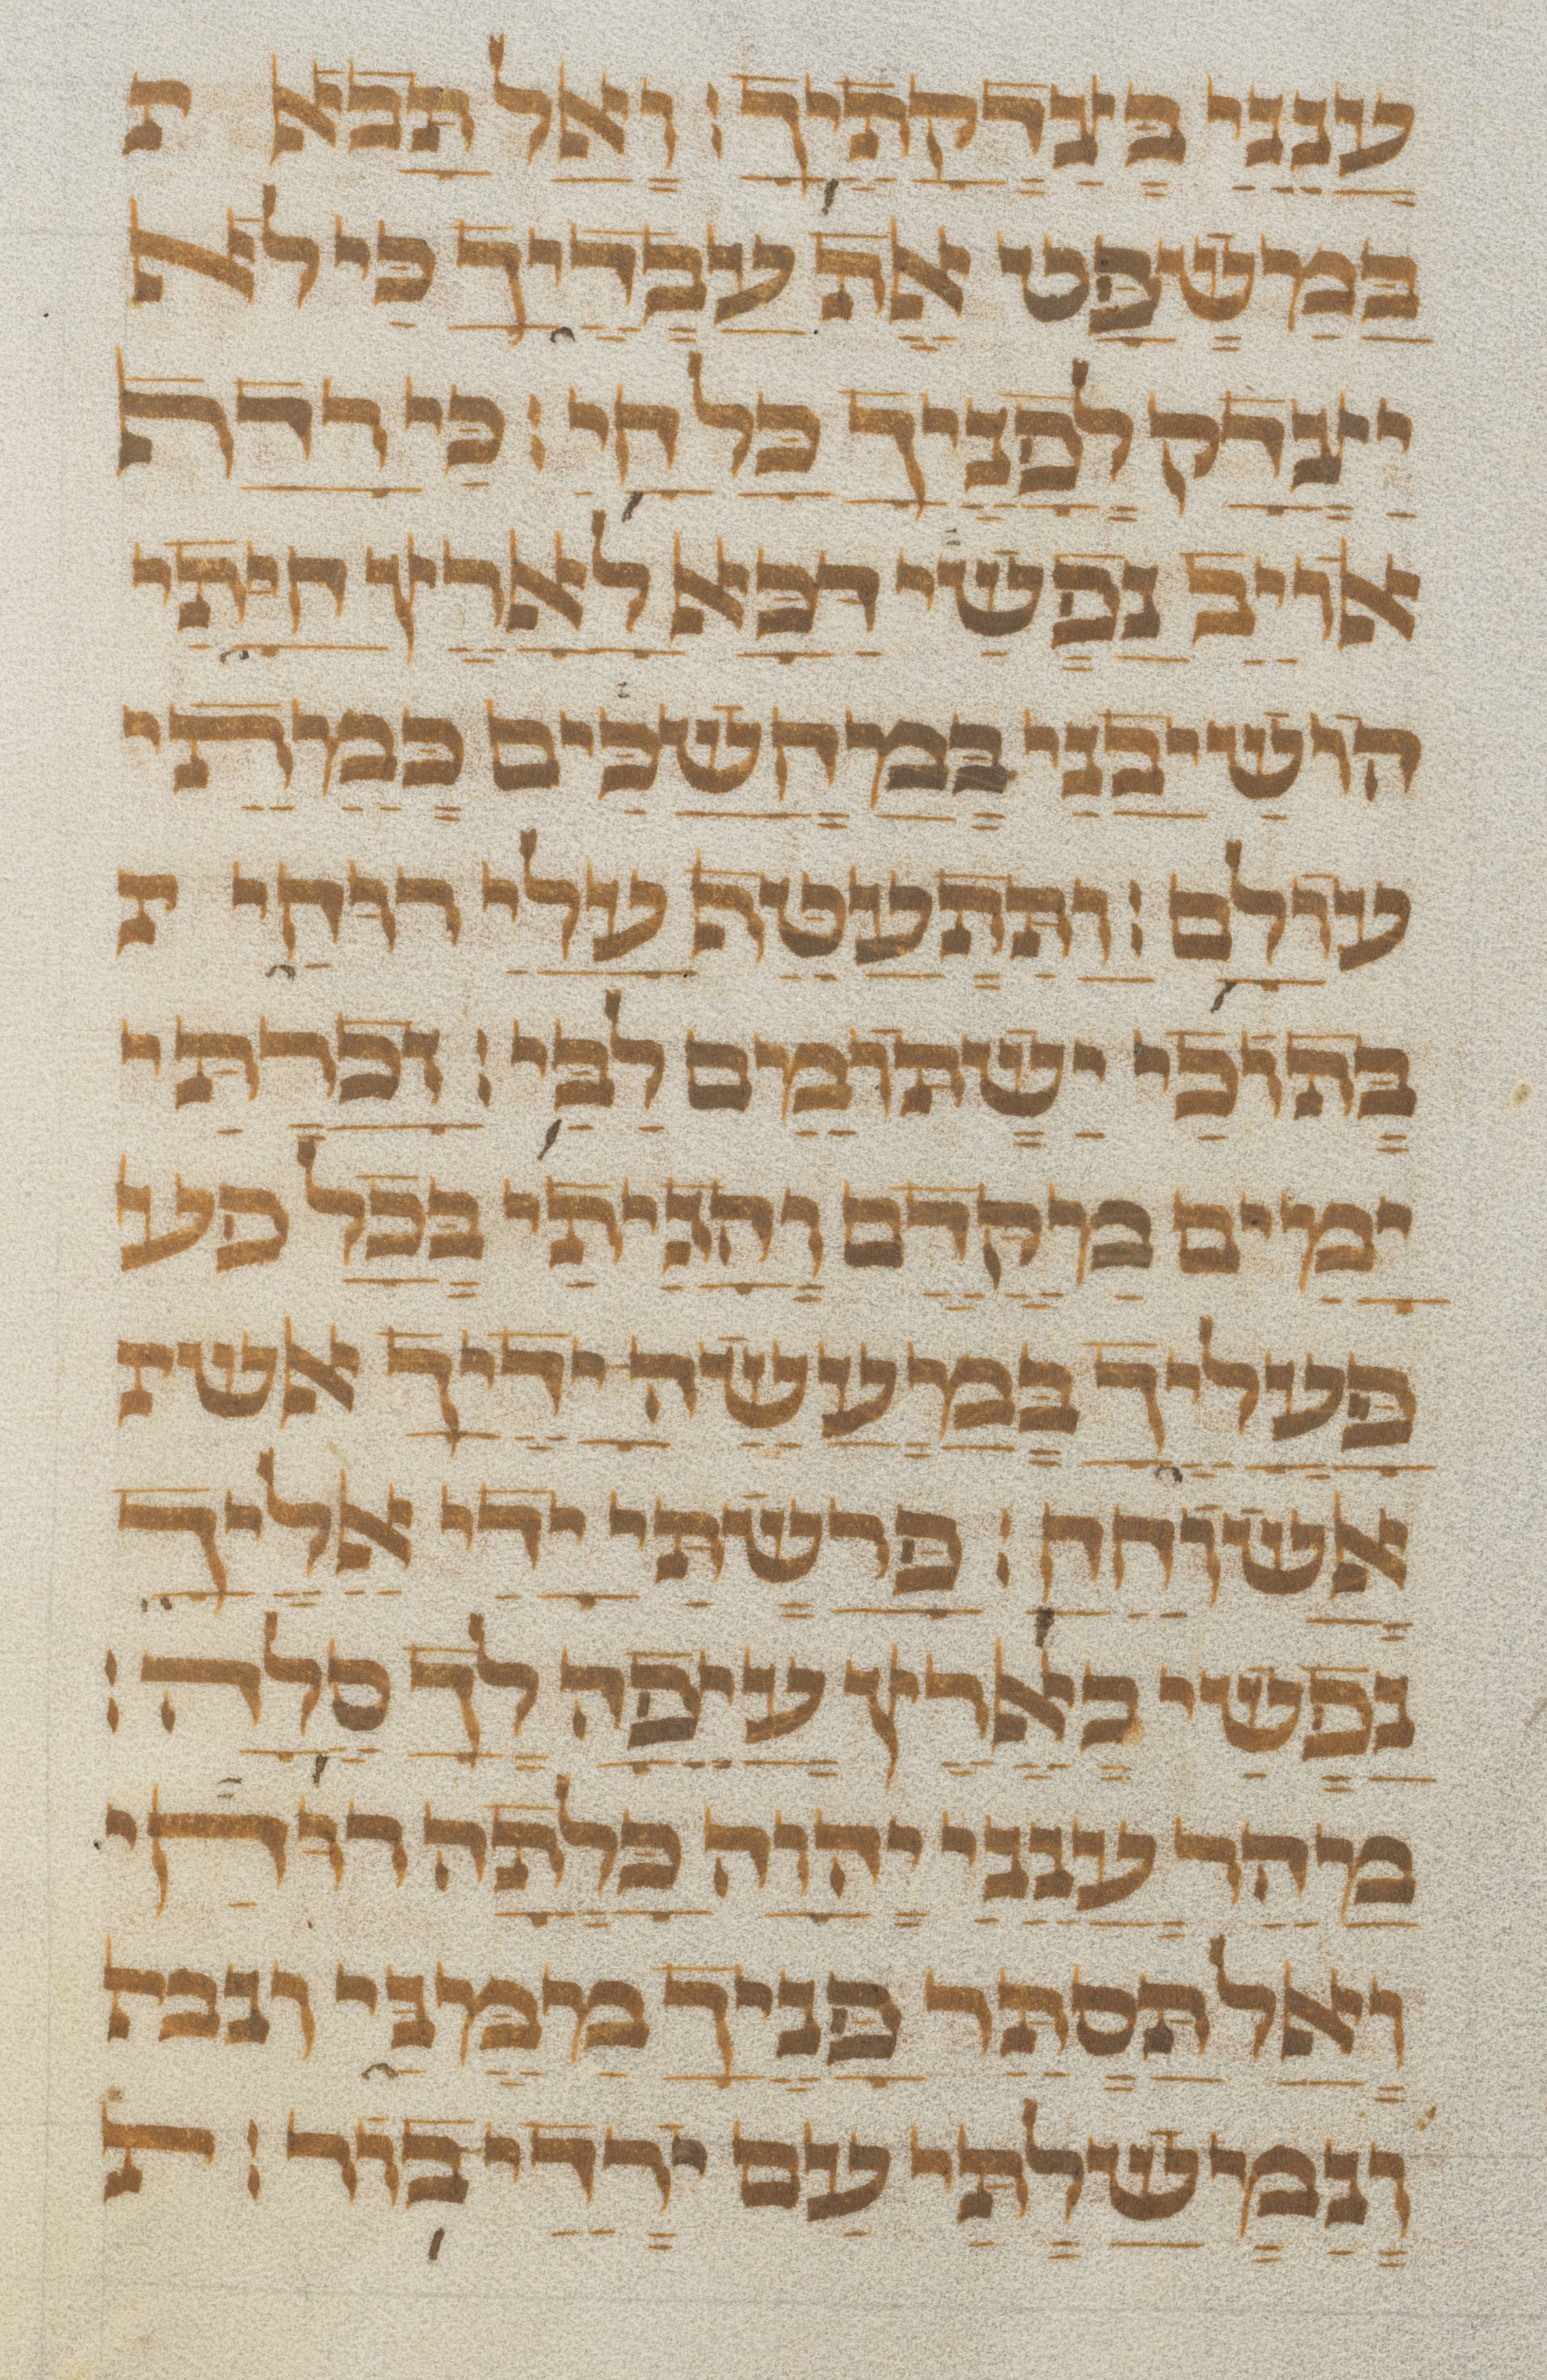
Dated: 1300–1499